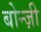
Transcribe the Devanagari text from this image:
बोन्ज़ी